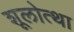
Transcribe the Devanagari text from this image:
शूलोत्था